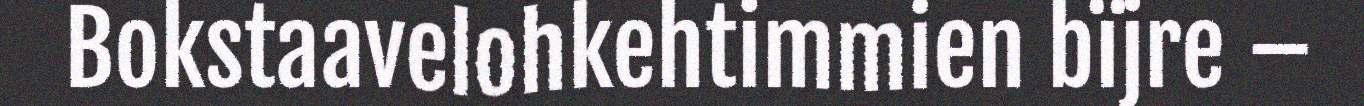
Bokstaavelohkehtimmien bïjre –